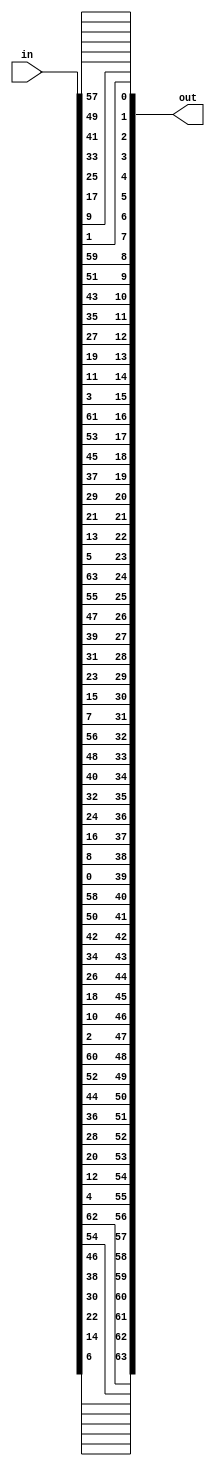
/*

Module Name : ip

Functionality :
The ip is used before The 1st Round Generating Lo And Ro

*/

module ip(input     [64:1] in   ,
          output    [64:1] out  );

    assign out[1]  = in[58]     ;
    assign out[2]  = in[50]     ;
    assign out[3]  = in[42]     ;
    assign out[4]  = in[34]     ;
    assign out[5]  = in[26]     ;
    assign out[6]  = in[18]     ;
    assign out[7]  = in[10]     ;
    assign out[8]  = in[2]      ;
    assign out[9]  = in[60]     ;
    assign out[10] = in[52]     ;
    assign out[11] = in[44]     ;
    assign out[12] = in[36]     ;
    assign out[13] = in[28]     ;
    assign out[14] = in[20]     ;
    assign out[15] = in[12]     ;
    assign out[16] = in[4]      ;
    assign out[17] = in[62]     ;
    assign out[18] = in[54]     ;
    assign out[19] = in[46]     ;
    assign out[20] = in[38]     ;
    assign out[21] = in[30]     ;
    assign out[22] = in[22]     ;
    assign out[23] = in[14]     ;
    assign out[24] = in[6]      ;
    assign out[25] = in[64]     ;
    assign out[26] = in[56]     ;
    assign out[27] = in[48]     ;
    assign out[28] = in[40]     ;
    assign out[29] = in[32]     ;
    assign out[30] = in[24]     ;
    assign out[31] = in[16]     ;
    assign out[32] = in[8]      ;
    assign out[33] = in[57]     ;
    assign out[34] = in[49]     ;
    assign out[35] = in[41]     ;
    assign out[36] = in[33]     ;
    assign out[37] = in[25]     ;
    assign out[38] = in[17]     ;
    assign out[39] = in[9]      ;
    assign out[40] = in[1]      ;
    assign out[41] = in[59]     ;
    assign out[42] = in[51]     ;
    assign out[43] = in[43]     ;
    assign out[44] = in[35]     ;
    assign out[45] = in[27]     ;
    assign out[46] = in[19]     ;
    assign out[47] = in[11]     ;
    assign out[48] = in[3]      ;
    assign out[49] = in[61]     ;
    assign out[50] = in[53]     ;
    assign out[51] = in[45]     ;
    assign out[52] = in[37]     ;
    assign out[53] = in[29]     ;
    assign out[54] = in[21]     ;
    assign out[55] = in[13]     ;
    assign out[56] = in[5]      ;
    assign out[57] = in[63]     ;
    assign out[58] = in[55]     ;
    assign out[59] = in[47]     ;
    assign out[60] = in[39]     ;
    assign out[61] = in[31]     ;
    assign out[62] = in[23]     ;
    assign out[63] = in[15]     ;
    assign out[64] = in[7]      ;

endmodule